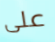
على